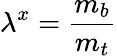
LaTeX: \lambda^{x}=\frac{m_{b}}{m_{t}}